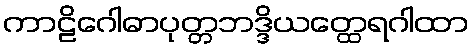
ကာဠိဂေါဓာပုတ္တဘဒ္ဒိယတ္ထေရဂါထာ